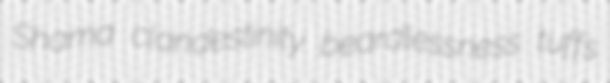
Shama clandestinity beardlessness tuffs